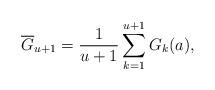
LaTeX: \begin{align*}\overline{G}_{u+1} = \frac 1 {u+1} \sum_{k=1}^{u+1} G_k(a), \end{align*}